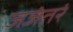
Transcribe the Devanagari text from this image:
जजंतरं